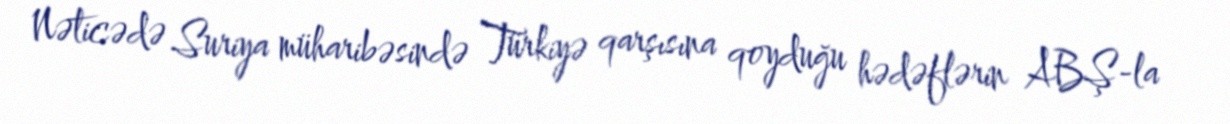
Nəticədə Suriya müharibəsində Türkiyə qarşısına qoyduğu hədəflərin ABŞ-la